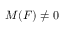
M ( F ) \neq 0